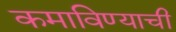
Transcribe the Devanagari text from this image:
कमाविण्याची